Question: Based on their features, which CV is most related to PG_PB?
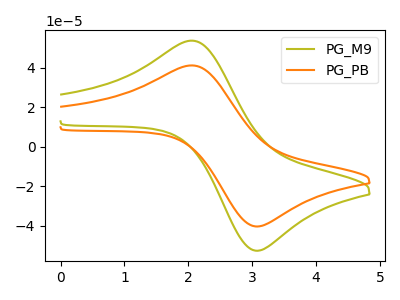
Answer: <think>The olive curve "PG_M9" has an anodic peak at (2.05V, 53.75uA) and a cathodic peak at (3.05V, -52.60uA). The orange curve "PG_PB" has an anodic peak at (2.05V, 41.20uA) and a cathodic peak at (3.05V, -40.35uA).
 All the peaks in "PG_M9" have a peak in "PG_PB" at the same potential. Every peak in "PG_M9" is higher than every peak in "PG_PB".</think>
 <answer>The CV with the most similar shape to "PG_M9" is "PG_PB".</answer>
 <eval>"PG_PB"</eval>